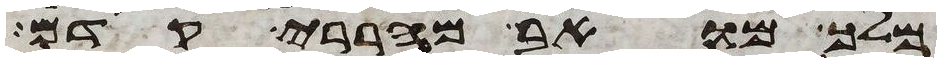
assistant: מלך מואב מהררי קדם